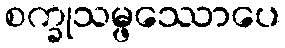
စက္ခုသမ္ဖဿောပေ